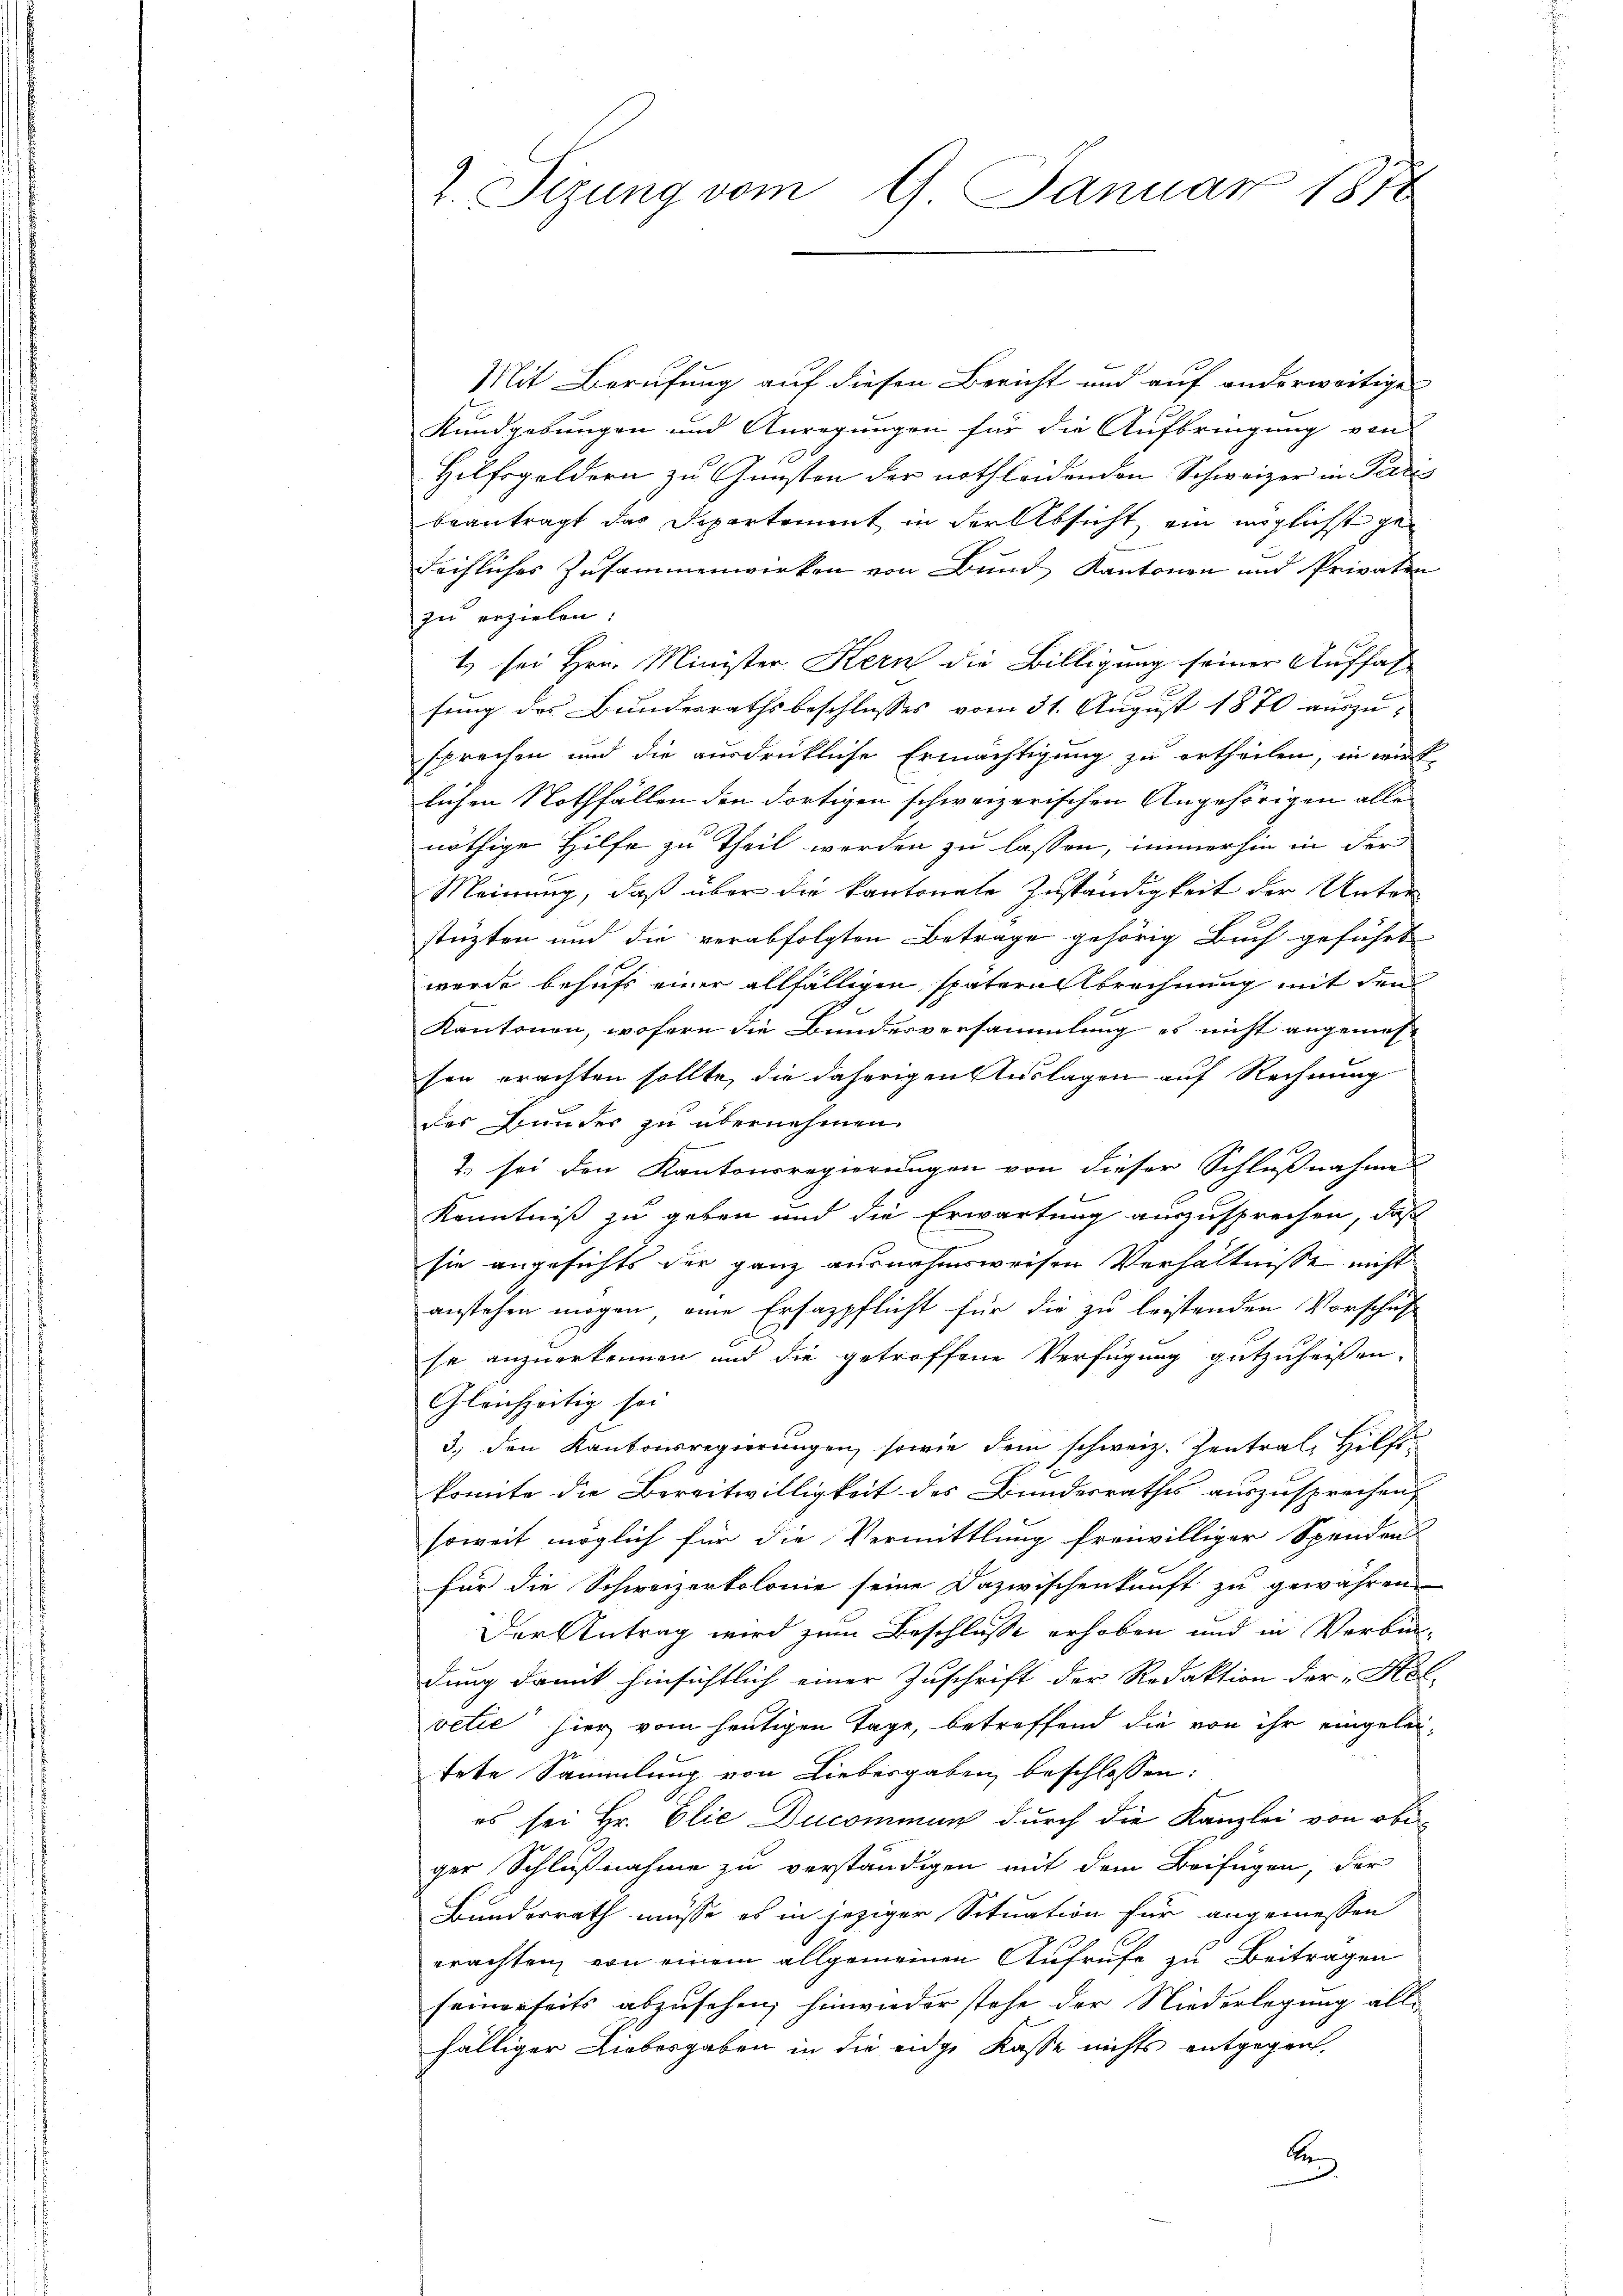
Mit Berufung auf diesen Bericht und auf anderweitige
Kundgebungen und Anregungen für die Aufbringung von
2
Hilfsgeldern zu Gunsten der nothleidenden Schweizer in Par
beantragt das Departement in der Absicht, ein möglichst gedeihliches Zusammenwirken von Bund Kantonen und Privaten
zu erzielen:
1. sei Hrn. Minister Kern die Billigung seiner Auffas
fung des Bundesrathsbeschlusses vom 31. August 1870 auszu-
sprechen und die ausdrückliche Ermächtigung zu ertheilen, in wirk
lichen Nothfällen den dortigen schweizerischen Angehörigen alle
nöthige Hilfe zu theil worden zu lassen, immerhin in der
Meinung, daß über die kantonate Zuständigkeit der Unter
stüzten und die verabfolgten Betrage gehörig Buch geführt
wurde behufs einer allfälligen spaterabrechnung mit den
Kantonen, wofern die Bundesversammlung es nicht angemess
sen erachten sollte, die daherigen Auslagen auf Rechnung
der Bunder zu übernehmen.
2. sei den Kantonsregierungen von dieser Schlußnahmen
Kenntniß zu geben und die Erwartung auszusprechen, daß
sie angesichts der ganz ausnahmsweisen Verhältnisse nicht
anstehen mögen, eine Ersazpflicht für die zu leistenden Vorschaft
se anzuerkennen und die getroffene Verfügung gutzuheißen,
Gleichzeitig sei
3) den Kantonsregierungen, sowie dem schweiz. Zentral Hilfs
komite die Bereitwilligkeit des Bundesrathes auszusprechen,
soweit möglich für die Vermittlung freiwilliger Spenden
für die Schweizertolonie seine Dazwischenkunft zu gewähren
Der Antrag wird zum Beschlusse erhoben und in Vorbin-
dung damit hinsichtlich einer Zuschrift der Redaktion der „Kol
vetie hier vom heutigen Tage, betreffend die von ihr eingeleitete Sammlung von Liebesgaben beschlossen:
es sei Hr. Elie Ducommun durch die Kanzlei von ober
ger Schlußnahme zu verständigen mit dem Beifügen, der
Bundesrath müsse es in jeziger Situation für angemessen
erachten, von einem allgemeinen Aufrufe zu Beitragen
seinerseits abzusehen; hinwieder stehe der Niederlegung allfälliger Liebesgaben in die eidge Kasse nichts entgegen,
be

2. Sizung vom 9. Januar 1878